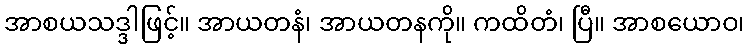
အာစယသဒ္ဒါဖြင့်။ အာယတနံ၊ အာယတနကို။ ကထိတံ၊ ပြီ။ အာစယောဝ၊